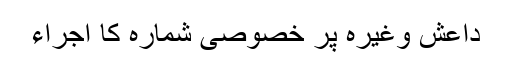
داعش وغیرہ پر خصوصی شمارہ کا اجراء